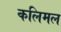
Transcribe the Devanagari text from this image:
कलिमल